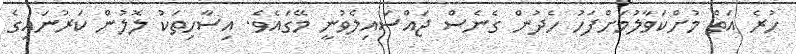
ހުރެ އަތް މުށްކަވާލުމަށްފަހު ހެދުން ގެނެސް ޖައްސައިލެވުނީ މޭގައެވެ. އިސާހިތަކު ލޮލުން ކަރުނައިގެ